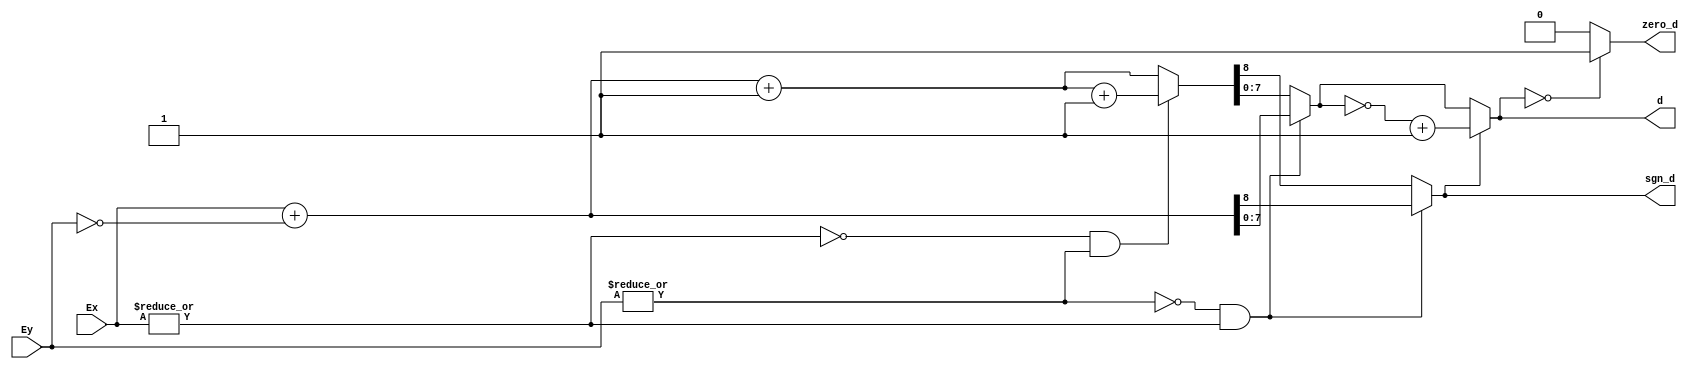

module Exponent_Difference(
    input wire [7:0] Ex, 
    input wire [7:0] Ey,
    output reg [7:0]  d,
    output reg sgn_d,zero_d
    );
//internal signals
	reg [7:0] difference ; 
	reg carry ;
	reg ay7aga ;
	wire zero_Ex;
	wire zero_Ey;
//instances
	assign zero_Ex = ~| Ex;
	assign zero_Ey = ~| Ey;
always@(*)
begin
	if((zero_Ey && (~zero_Ex)))
		begin
			{carry,difference}= Ex + ~Ey ; 
		end
	else if((zero_Ex && (~zero_Ey)))
		begin
			{carry,difference}= Ex + ~Ey + 1'b1 + 1'b1 ;
		end
	else
		begin
			{carry,difference}= Ex + ~Ey + 1'b1 ;
		end
   if (carry) 
	begin
		{ay7aga,d}= ~difference + 1'b1 ;
	end
	else 
		begin
		d=difference ;
		ay7aga= 1'b0 ; 
		end
		
			
   if (d==0)
    begin
      zero_d=1;
    end
	else 
	begin
	zero_d=0;
	end
sgn_d=  carry ; 
end

endmodule